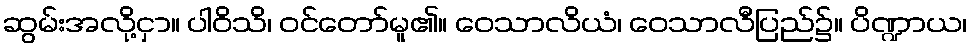
ဆွမ်းအလို့ငှာ။ ပါဝိသိ၊ ဝင်တော်မူ၏။ ဝေသာလိယံ၊ ဝေသာလီပြည်၌။ ပိဏ္ဍာယ၊